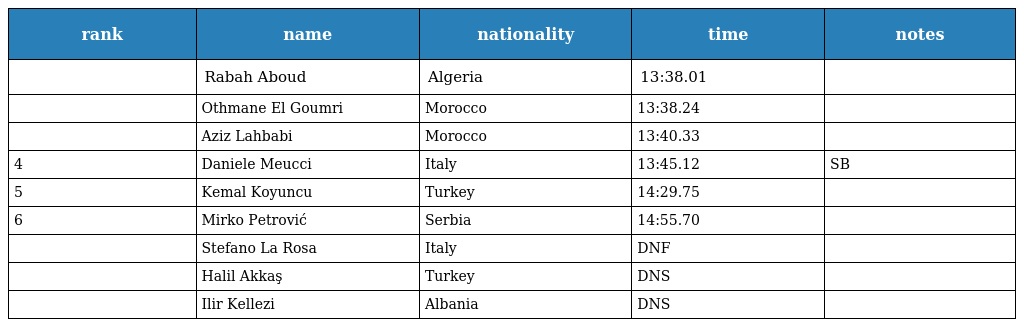
| rank | name | nationality | time | notes |
 | --- | --- | --- | --- | --- |
 |  | Rabah Aboud | Algeria | 13:38.01 |  |
 |  | Othmane El Goumri | Morocco | 13:38.24 |  |
 |  | Aziz Lahbabi | Morocco | 13:40.33 |  |
 | 4 | Daniele Meucci | Italy | 13:45.12 | SB |
 | 5 | Kemal Koyuncu | Turkey | 14:29.75 |  |
 | 6 | Mirko Petrović | Serbia | 14:55.70 |  |
 |  | Stefano La Rosa | Italy | DNF |  |
 |  | Halil Akkaş | Turkey | DNS |  |
 |  | Ilir Kellezi | Albania | DNS |  |